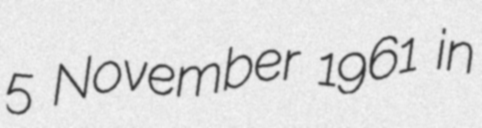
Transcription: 5 November 1961 in